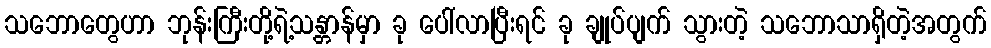
သဘောတွေဟာ ဘုန်းကြီးတို့ရဲ့သန္တာန်မှာ ခု ပေါ်လာပြီးရင် ခု ချုပ်ပျက် သွားတဲ့ သဘောသာရှိတဲ့အတွက်